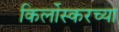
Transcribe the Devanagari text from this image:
किर्लोस्करच्या